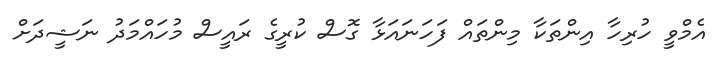
އެމްވީ ހުރިހާ އިންތަކާ މިންތައް ފަހަނައަޅާ ގޮސް ކުރީގެ ރައީސް މުހައްމަދު ނަޝީދަށް